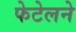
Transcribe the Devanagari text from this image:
फेटेलने